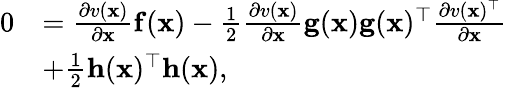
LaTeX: \begin{array}{rl}{0}&{=\frac{\partial v(\mathbf{x})}{\partial\mathbf{x}}\mathbf{f}(\mathbf{x})-\frac{1}{2}\frac{\partial v(\mathbf{x})}{\partial\mathbf{x}}\mathbf{g}(\mathbf{x})\mathbf{g}(\mathbf{x})^{\top}\frac{\partial v(\mathbf{x})^{\top}}{\partial\mathbf{x}}}\\ &{+\frac{1}{2}\mathbf{h}(\mathbf{x})^{\top}\mathbf{h}(\mathbf{x}),}\end{array}